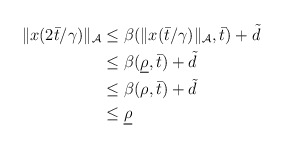
\begin{align*}\begin{aligned}\|x(2 \bar{t}/\gamma)\|_{\mathcal{A}} &\le \beta(\|x(\bar{t}/\gamma)\|_{\mathcal{A}},\bar{t}) + \tilde{d} \\&\le \beta(\underline{\rho},\bar{t}) + \tilde{d} \\&\le \beta(\rho,\bar{t}) + \tilde{d} \\& \le \underline{\rho}\end{aligned}\end{align*}